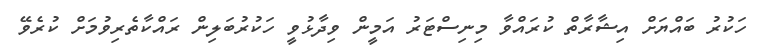
ހަކުރު ބައްޔަށް އިޝާރާތް ކުރައްވާ މިނިސްޓަރު އަމީން ވިދާޅުވީ ހަކުރުބަލިން ރައްކާތެރިވުމަށް ކުރެވޭ